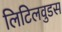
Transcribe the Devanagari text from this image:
लिटिलवुडस